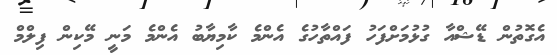
އެގޮތުން ޑޭޝްއާ ގުޅުމަށްފަހު ފައްތާހުގެ އެންމެ ކާމިޔާބު އެންމެ މަނީ މޭކިން ފިލްމް